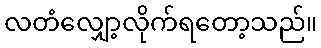
လတံလျှော့လိုက်ရတော့သည်။